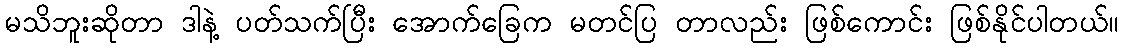
မသိဘူးဆိုတာ ဒါနဲ့ ပတ်သက်ပြီး အောက်ခြေက မတင်ပြ တာလည်း ဖြစ်ကောင်း ဖြစ်နိုင်ပါတယ်။